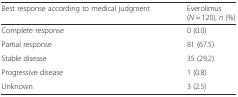
| Best response according to medical judgment | Everolimus(N = 120), n (%) |
 | --- | --- |
 | Complete response | 0 (0.0) |
 | Partial response | 81 (67.5) |
 | Stable disease | 35 (29.2) |
 | Progressive disease | 1 (0.8) |
 | Unknown | 3 (2.5) |